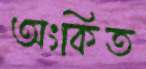
অংকিত